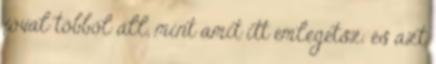
jóval többől áll, mint amit itt emlegetsz. és azt